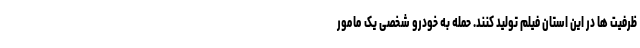
ظرفیت ها در این استان فیلم تولید کنند. حمله به خودرو شخصی یک مامور